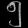
Digit: ၅